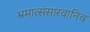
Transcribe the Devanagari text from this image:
भ्रमात्संसारवानिव